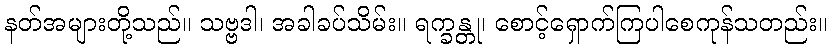
နတ်အများတို့သည်။ သဗ္ဗဒါ၊ အခါခပ်သိမ်း။ ရက္ခန္တု၊ စောင့်ရှောက်ကြပါစေကုန်သတည်း။